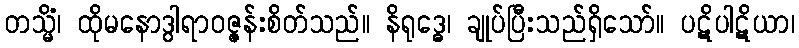
တသ္မိံ၊ ထိုမနောဒွါရာဝဇ္ဇန်းစိတ်သည်။ နိရုဒ္ဓေ၊ ချုပ်ပြီးသည်ရှိသော်။ ပဋိပါဋိယာ၊